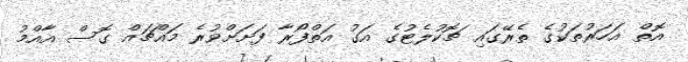
އޮތް އަހަރުތަކުގެ ތެރޭގައި ޗޮކުލެޓުގެ އަގު އަތްފޯރާ ފަށަށްވުރެ މައްޗައް ގޮސް އާއްމު